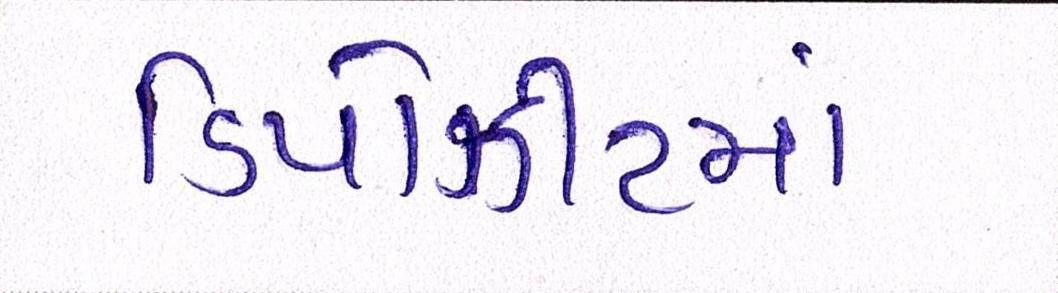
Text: ડિપોઝીટમાં